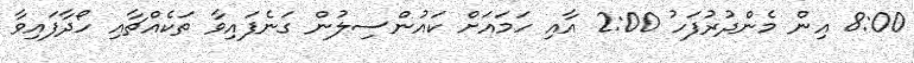
8:00 އިން މެންދުރުފަހު 2:00 އާއި ހަމައަށް ކައުންސިލުން ގަނެފައިވާ ތަކެއްޗާއި ހޯދާފައިވާ